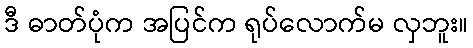
ဒီ ဓာတ်ပုံက အပြင်က ရုပ်လောက်မ လှဘူး။